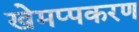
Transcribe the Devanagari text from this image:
खेमप्पकरण